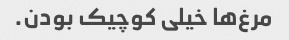
مرغ‌ها خیلی کوچیک بودن.